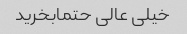
خیلی عالی حتمابخرید